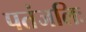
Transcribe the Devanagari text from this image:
पतंजलिः